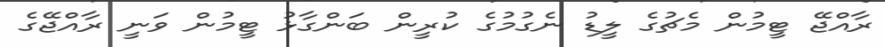
ރާއްޖޭ ޓީމުން މެޗުގެ ލީޑު ނެގުމުގެ ކުރީން ބަންގާޅު ޓީމުން ވަނީ ރާއްޖޭގެ